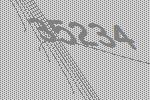
35234